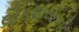
લોકશાસનની